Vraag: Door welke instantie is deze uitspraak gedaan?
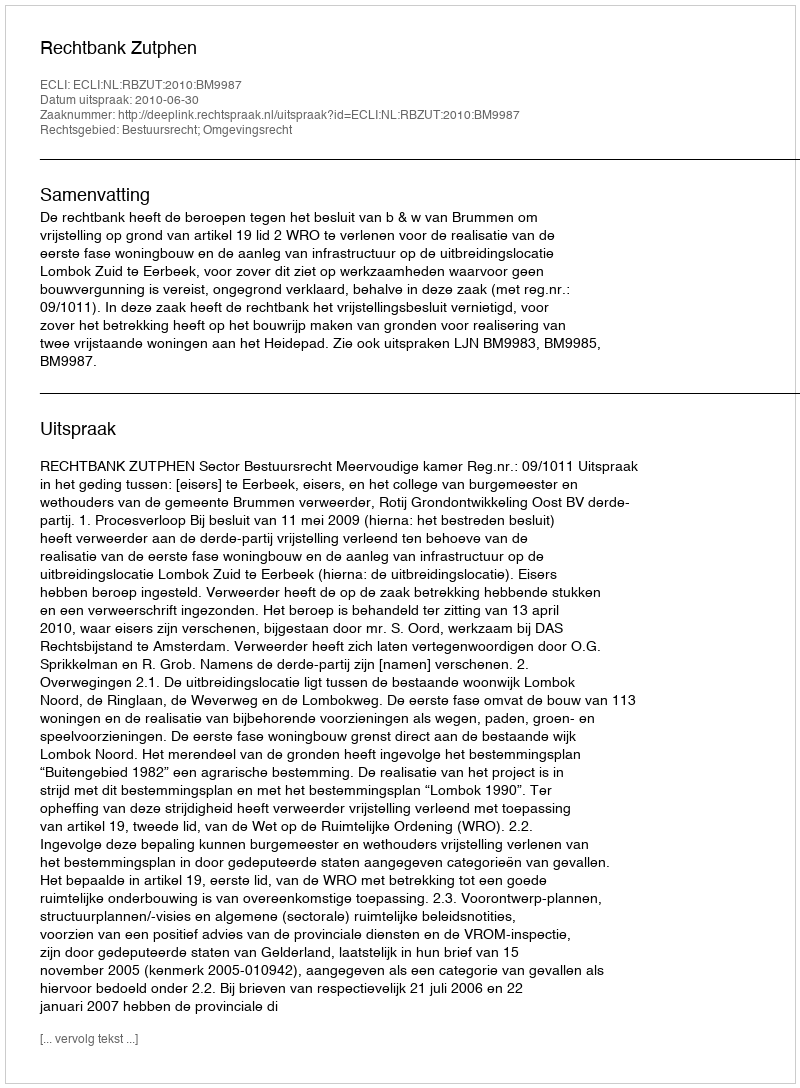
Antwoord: Rechtbank Zutphen